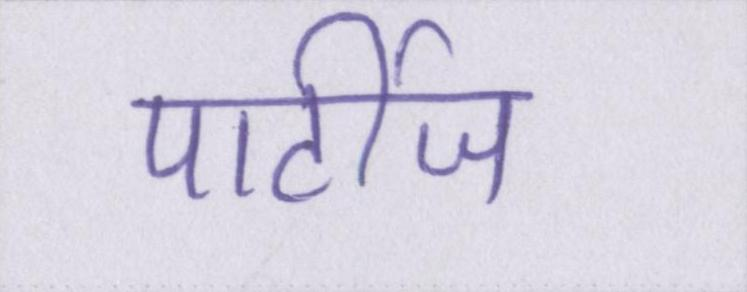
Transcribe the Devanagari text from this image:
पार्टीज